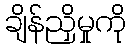
ချိန်ညှိမှုကို